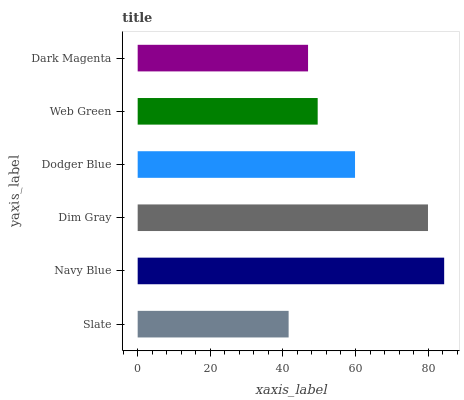
| yaxis_label | bars |
 | --- | --- |
 | Slate | 41.6 |
 | Navy Blue | 84.4 |
 | Dim Gray | 80 |
 | Dodger Blue | 59.9 |
 | Web Green | 49.6 |
 | Dark Magenta | 46.9 |